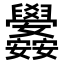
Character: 𮍳